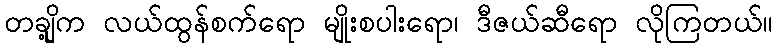
တချို့က လယ်ထွန်စက်ရော မျိုးစပါးရော၊ ဒီဇယ်ဆီရော လိုကြတယ်။